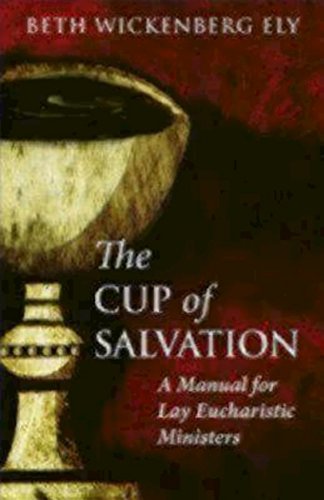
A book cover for The Cup of Salvation: A Manual for Eucharistic Ministers; Beth Wickenberg Ely; Christian Books & Bibles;